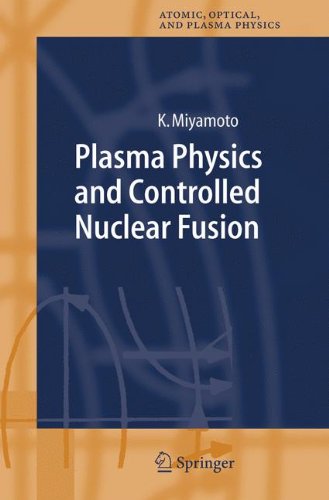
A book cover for Plasma Physics and Controlled Nuclear Fusion (Springer Series on Atomic, Optical, and Plasma Physics); Kenro Miyamoto; Science & Math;